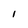
Character: I